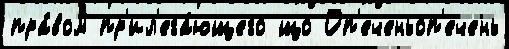
пра́вом пр'ил'ега́ющего що Оп'еченьоп'ечень